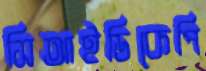
সিআইডিকেপি